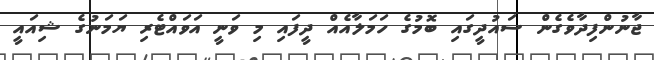
ޖާނުންފިދާވެގެން ސައުދީގައި ބޮމުގެ ހަަމަލާއެއް ދީފައި މި ވަނީ އަަވައްޓެރި ޔަމަނުގެ ޝިއައީ